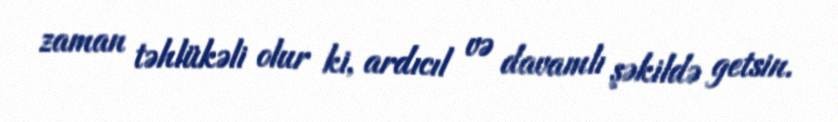
zaman təhlükəli olur ki, ardıcıl və davamlı şəkildə getsin.